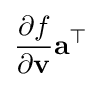
{\frac {\partial f}{\partial \mathbf {v} }}\mathbf {a} ^{\top }